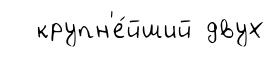
крупн'е́йший двух